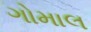
ગોમાલ